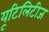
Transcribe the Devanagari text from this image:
यूटिलिटीज